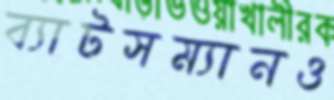
ব্যাটসম্যানও